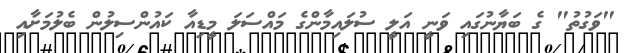
"ވަގުތު" ގެ ބަޔާނުގައި ވަނީ އަލީ ސުލައިމާންގެ މައްސަލަ މީޑިއާ ކައުންސިލުން ބެލުމަށާއި